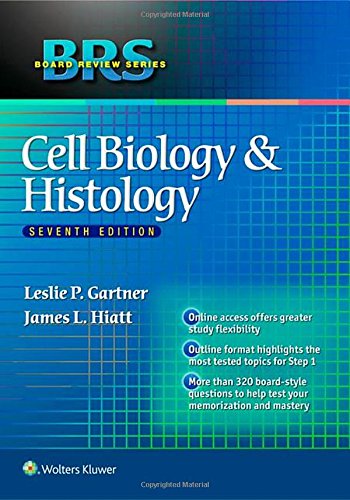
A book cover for BRS Cell Biology and Histology (Board Review Series); Leslie P. Gartner PhD; Test Preparation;